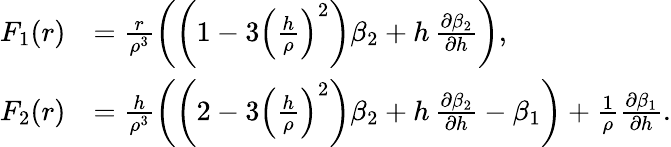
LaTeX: \begin{array}{rl}{F_{1}(r)}&{=\frac{r}{\rho^{3}}\left(\left(1-3\left(\frac{h}{\rho}\right)^{2}\right)\beta_{2}+h\, \frac{\partial\beta_{2}}{\partial h}\right),}\\ {F_{2}(r)}&{=\frac{h}{\rho^{3}}\left(\left(2-3\left(\frac{h}{\rho}\right)^{2}\right)\beta_{2}+h\, \frac{\partial\beta_{2}}{\partial h}-\beta_{1}\right)+\frac{1}{\rho}\frac{\partial\beta_{1}}{\partial h}.}\end{array}